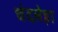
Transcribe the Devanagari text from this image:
चंदलेहा